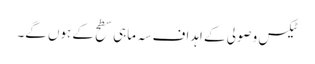
ٹیکس وصولی کے اہداف سہ ماہی سطح کے ہوں گے۔